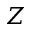
Z